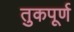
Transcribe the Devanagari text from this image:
तुकपूर्ण